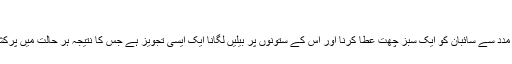
دیہی اندازِ
بہت سے پودوں کی مدد سے سائبان کو ایک سبز چھت عطا کرنا اور اِس کے ستونوں پر بیلیں لگانا ایک ایسی تجویز ہے جس کا نتیجہ ہر حالت میں پرکشش اور دلکش ہو گا۔